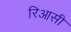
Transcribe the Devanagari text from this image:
रिआसी